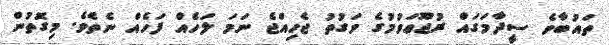
ތައުބާވެ ސީދާމަގައް ރުޖޫޢަވުމުގެ ވަގުތު ޖެހިއްޖެ ނަމަ ލަހެއް ފަހެއް ނެތެވެ. މިގޮތުން